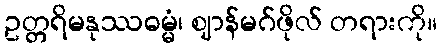
ဥတ္တရိမနုဿဓမ္မံ၊ ဈာန်မဂ်ဖိုလ် တရားကို။